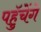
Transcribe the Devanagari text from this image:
पहुॅचेंगे